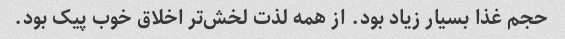
حجم غذا بسیار زیاد بود. از همه لذت لخش‌تر اخلاق خوب پیک بود.